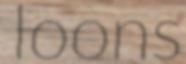
loons